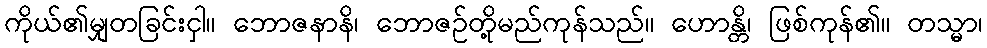
ကိုယ်၏မျှတခြင်းငှါ။ ဘောဇနာနိ၊ ဘောဇဉ်တို့မည်ကုန်သည်။ ဟောန္တိ၊ ဖြစ်ကုန်၏။ တသ္မာ၊